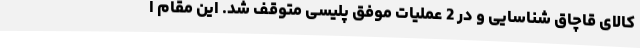
کالای قاچاق شناسایی و در 2 عملیات موفق پلیسی متوقف شد. این مقام ا